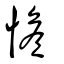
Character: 憺